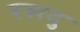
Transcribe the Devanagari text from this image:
रसदु